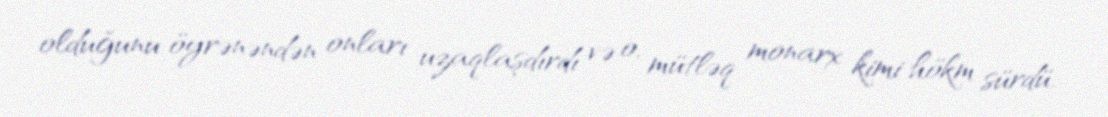
olduğunu öyrənəndən onları uzaqlaşdırdı və o, mütləq monarx kimi hökm sürdü.